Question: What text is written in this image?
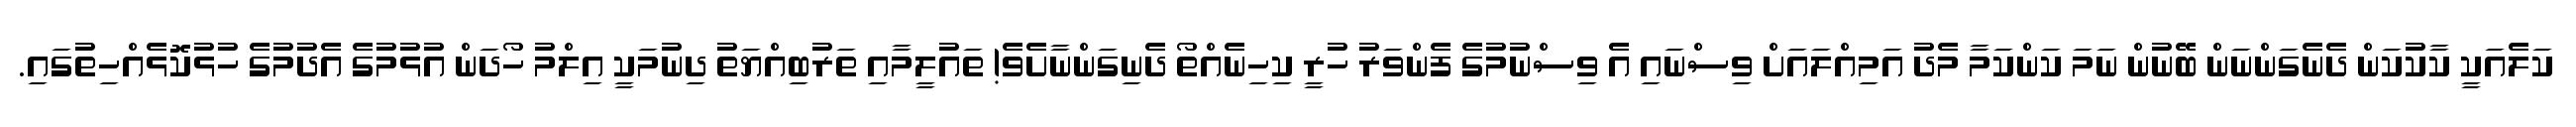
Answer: ކަލެއަކީ ކާކުކަން ދެނެގަންނަން ބޭނުން ނަމަ ކަންކަމާ މެދު އަމިއްލައަށް ވިސްނައި އެ ވިސްނުމުގެ ފެންވަރު ހުރީ ކިހިނެއްތޯ ދެނިގަންނާށެވެ! ތައުލީމާއި ތަރުބިއްޔަތު ދިނުމަކީ އިލްމު ހޯދަން އުޅުމުގެ އެދުމުގެ ހުޅުކޮޅެއްހިތުގައި.